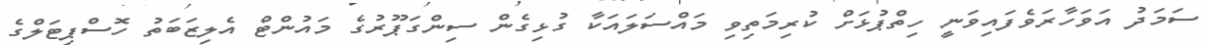
ސަމަދު އަވަހާރަވެފައިވަނީ ހިތްޕުޅަށް ކުރިމަތިވި މައްސަލައަކާ ގުޅިގެން ސިންގަޕޫރުގެ މައުންޓް އެލިޒަބަތު ހޮސްޕިޓަލްގެ